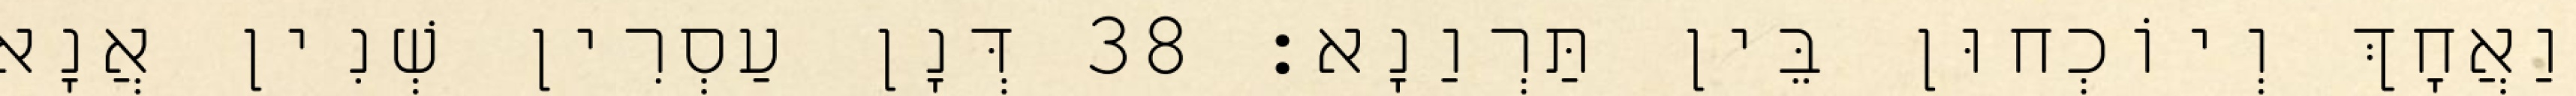
וַאֲחָךְ וְיוֹכְחוּן בֵּין תַּרְוַנָא׃ 38 דְּנָן עַסְרִין שְׁנִין אֲנָא